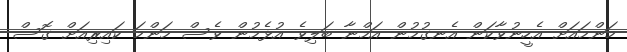
މަންމައަށް އެހީނުވާކަން އެނގުމުން އަމްނާ ބަލިވެ އުޅެމުން ވެސް މަންމަ ކައިރިއަށް ގޮސް